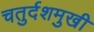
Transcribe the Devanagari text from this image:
चतुर्दशमुखी